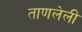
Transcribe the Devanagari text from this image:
ताणलेली